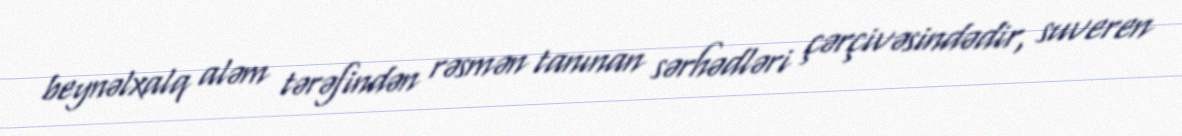
beynəlxalq aləm tərəfindən rəsmən tanınan sərhədləri çərçivəsindədir, suveren